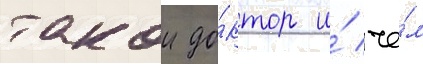
такои до́ктор и́ че́м